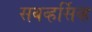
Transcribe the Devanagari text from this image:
सबव्हर्सिव्ह